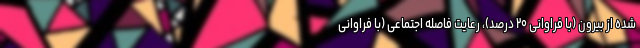
شده از بیرون (با فراوانی ۲۰ درصد)، رعایت فاصله اجتماعی (با فراوانی